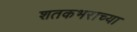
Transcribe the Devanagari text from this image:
शतकभराच्या